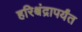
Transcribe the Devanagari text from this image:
हरिश्चंद्रापर्यंत